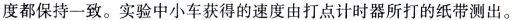
度都保持一致。实验中小车获得的速度由打点计时器所打的纸带测出。